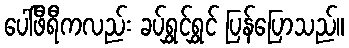
ပေါ်ဖီရီကလည်း ခပ်ရွှင်ရွှင် ပြန်ပြောသည်။